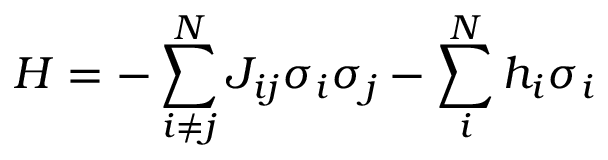
H = - \sum _ { i \ne j } ^ { N } { { { J } _ { i j } } { { \sigma } _ { i } } } { { \sigma } _ { j } } - \sum _ { i } ^ { N } { { { h } _ { i } } } { { \sigma } _ { i } }